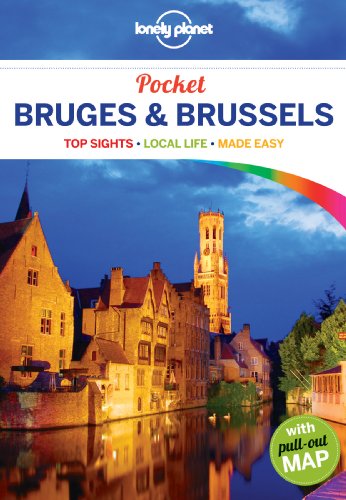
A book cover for Lonely Planet Pocket Bruges & Brussels (Travel Guide); Lonely Planet; Travel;